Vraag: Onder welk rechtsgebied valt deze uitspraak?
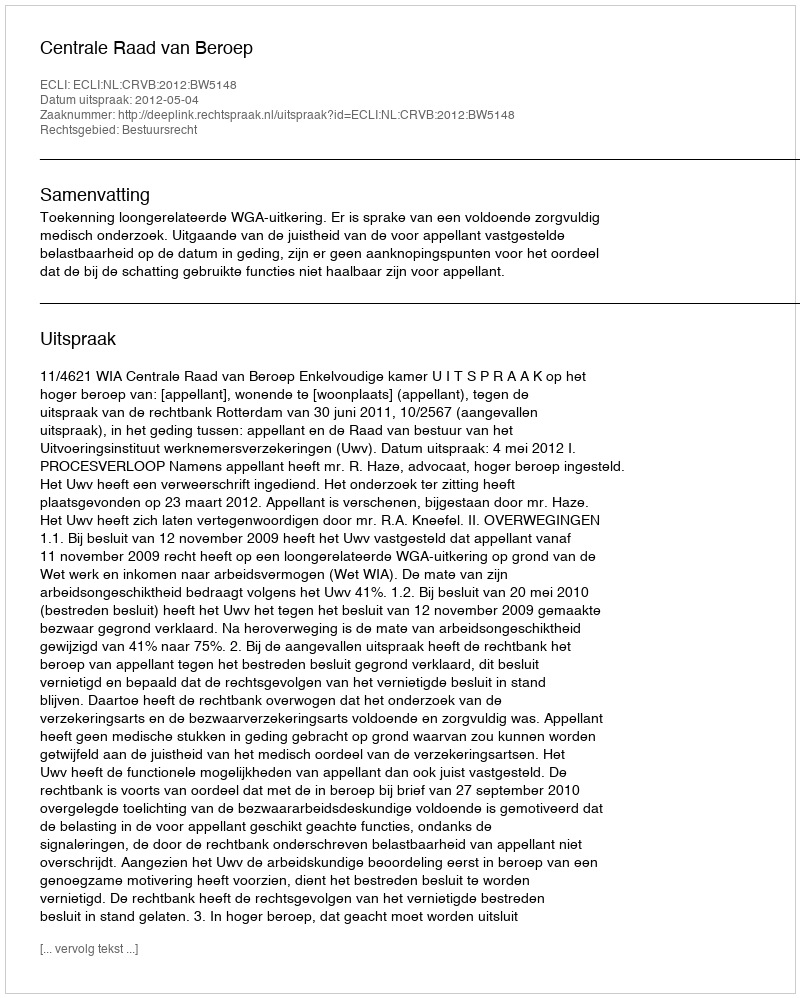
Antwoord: Bestuursrecht